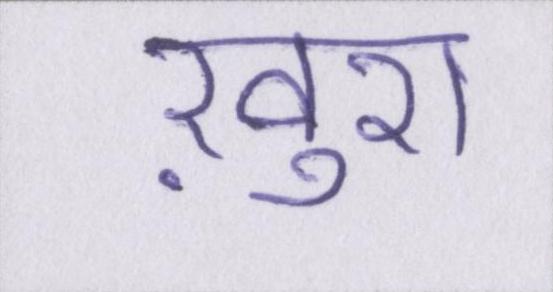
ख़ुश